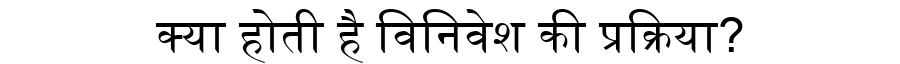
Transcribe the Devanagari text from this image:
क्या होती है विनिवेश की प्रक्रिया?